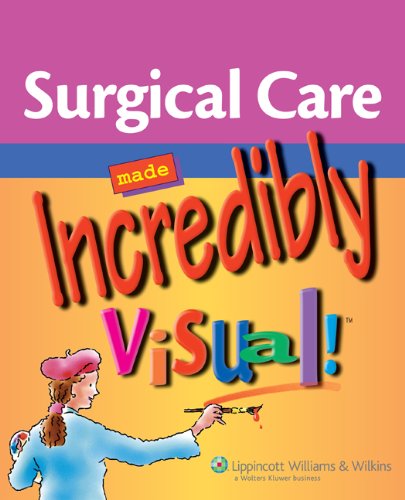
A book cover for Surgical Care Made Incredibly Visual! (Incredibly Easy! SeriesÂ®); Springhouse; Medical Books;